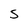
Character: S